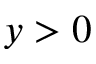
y > 0